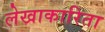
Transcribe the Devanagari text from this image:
लेखाकारिता